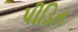
પીડિત